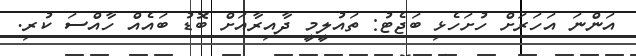
އަންނަ އަހަރަށް ހުށަހެޅި ބަޖެޓު: ތައުލީމީ ދާއިރާއަށް ބޮޑު ބައެއް ހާއްސަ ކުރި.